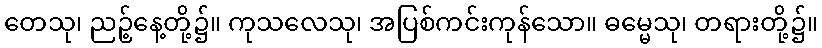
တေသု၊ ညဉ့်နေ့တို့၌။ ကုသလေသု၊ အပြစ်ကင်းကုန်သော။ ဓမ္မေသု၊ တရားတို့၌။